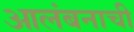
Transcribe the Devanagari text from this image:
आलंबनाची